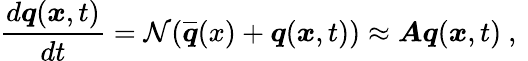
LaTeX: \frac{d\boldsymbol{q}(\boldsymbol{x},t)}{dt}=\mathcal{N}(\overline{{\boldsymbol{q}}}(x)+\boldsymbol{q}(\boldsymbol{x},t))\approx\boldsymbol{A}\boldsymbol{q}(\boldsymbol{x},t)\mathrm{~,~}